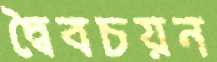
দ্বৈবচয়ন